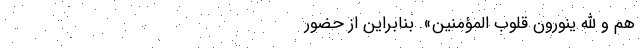
هُمْ وَ اللَّهِ یُنَوِّرُونَ قُلُوبَ الْمُؤْمِنِین». بنابراین از حضور